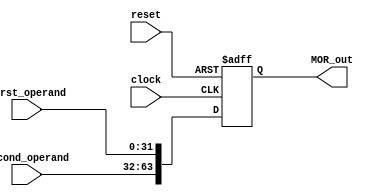
`timescale 1ns / 1ps
//////////////////////////////////////////////////////////////////////////////////
module MAC_operand_register(clock, reset, first_operand, second_operand, MOR_out);
    input clock, reset;
    input [31:0] first_operand, second_operand;
    output reg [63:0] MOR_out;
    
    always @(posedge reset, posedge clock)
        begin
            if (reset == 1)
                MOR_out <= 64'h0000000000000000;
            else 
                MOR_out <= {second_operand, first_operand};
        end 
endmodule